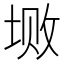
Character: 𱖼